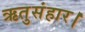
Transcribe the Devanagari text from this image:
ऋतुसंहार।